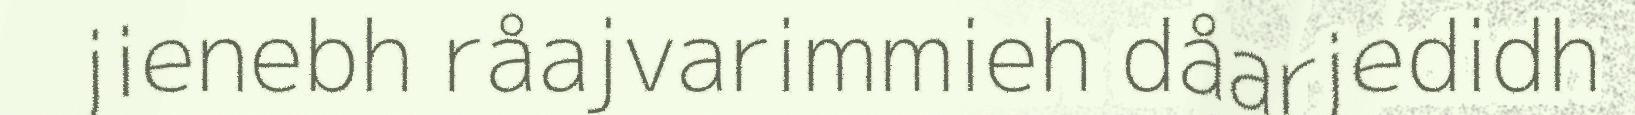
jienebh råajvarimmieh dåarjedidh